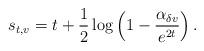
LaTeX: \begin{align*}s_{t,v} = t + \frac{1}{2} \log \left( 1 - \frac{\alpha_{\delta v}}{e^{2t}} \right).\end{align*}